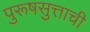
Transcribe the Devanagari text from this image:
पुरूषसुत्ताची